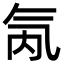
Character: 氝